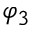
\varphi _ { 3 }